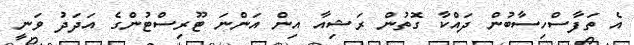
އެ ތަފާސްހިސާބުން ދައްކާ ގޮތުން ރަޝިއާ އިން އަންނަ ޓޫރިސްޓުންގެ އަދަދު ވަނީ